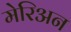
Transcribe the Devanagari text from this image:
मेरिअन